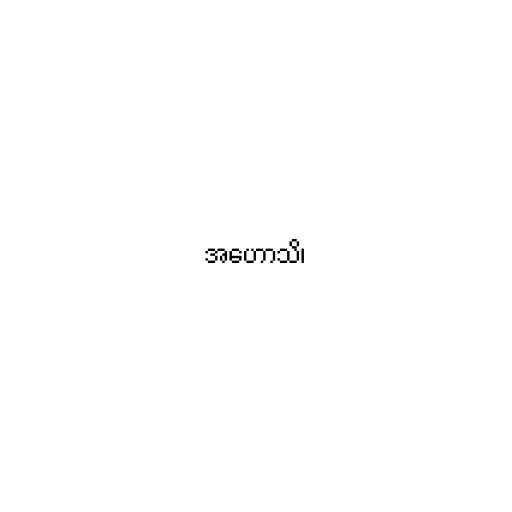
အဟောသိ၊